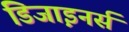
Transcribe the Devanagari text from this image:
डिजा़इनर्स